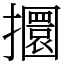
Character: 攌